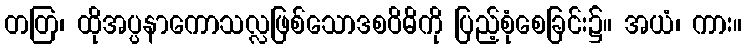
တတြ၊ ထိုအပ္ပနာကောသလ္လဖြစ်သောဒစဝိဓိကို ပြည့်စုံစေခြင်း၌။ အယံ၊ ကား။